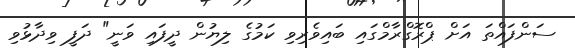
ސަންފައްތަ އަށް ޕްރޮގްރާމްގައި ބައިވެރިވި ކަމުގެ ލިޔުން ދީފައި ވަނީ" ދަފީ ވިދާޅުވި